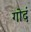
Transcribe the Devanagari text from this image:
गोदं